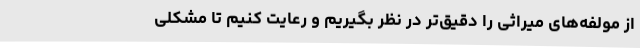
از مولفه‌های میراثی را دقیق‌تر در نظر بگیریم و رعایت کنیم تا مشکلی